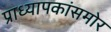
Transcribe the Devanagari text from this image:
प्राध्यापकांसमोर